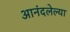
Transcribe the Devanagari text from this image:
आनंदलेल्या